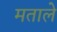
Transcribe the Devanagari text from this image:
मताले